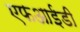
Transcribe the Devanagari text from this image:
एफआईडी